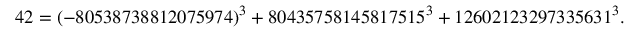
4 2 = ( - 8 0 5 3 8 7 3 8 8 1 2 0 7 5 9 7 4 ) ^ { 3 } + 8 0 4 3 5 7 5 8 1 4 5 8 1 7 5 1 5 ^ { 3 } + 1 2 6 0 2 1 2 3 2 9 7 3 3 5 6 3 1 ^ { 3 } .